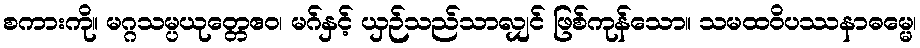
စကားကို။ မဂ္ဂသမ္ပယုတ္တေဧဝ၊ မဂ်နှင့် ယှဉ်သည်သာလျှင် ဖြစ်ကုန်သော။ သမထဝိပဿနာဓမ္မေ၊